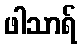
ဖါသာရ်